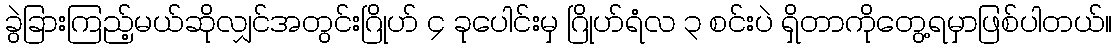
ခွဲခြားကြည့်မယ်ဆိုလျှင်အတွင်းဂြိုဟ် ၄ ခုပေါင်းမှ ဂြိုဟ်ရံလ ၃ စင်းပဲ ရှိတာကိုတွေ့ရမှာဖြစ်ပါတယ်။